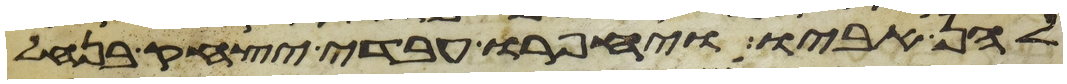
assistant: להן אביו ויחפרו עבדי יצחק בנחל